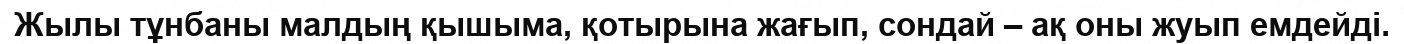
Жылы тұнбаны малдың қышыма, қотырына жағып, сондай – ақ оны жуып емдейді.